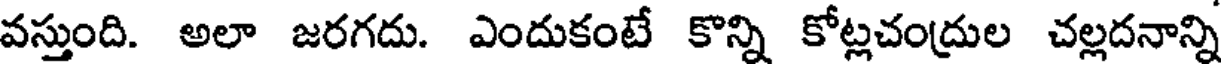
వస్తుంది. అలా జరగదు. ఎందుకంటే కొన్ని కోట్లచంద్రుల చల్లదనాన్ని